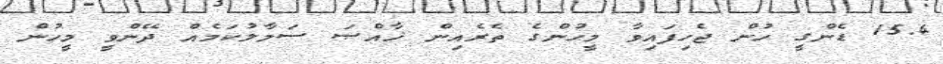
15.4 ޑެންގީ ހުން ޖެހިފައިވާ މީހުންގެ ތެރެއިން ޚާއްޞަ ސަމާލުކަމެއް ދޭންވީ މީހުން